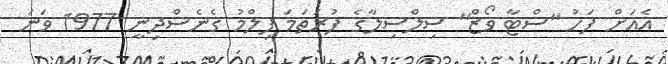
އެއަށް ފަހު "ސްޓާ ވޯޒް" ސިލްސިލާގެ ފުރަތަމަ ފިލްމު ގެނެސްދިނީ 1977 ވަނަ